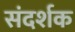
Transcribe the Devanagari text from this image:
संदर्शक